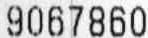
9067860